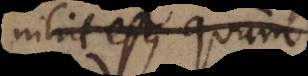
nihil est, quam